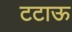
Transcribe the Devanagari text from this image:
टटाऊ